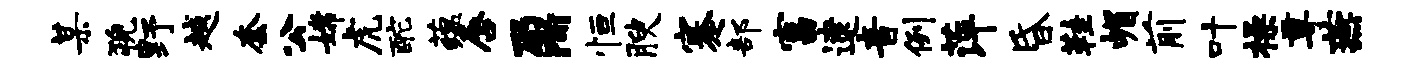
某猊野越套公嫦虎酡蕴唇鼐恒腴蹇部富逮音例萍昏鞋嵋前叶操尊燕